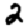
Digit: 2